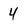
Character: 4